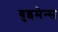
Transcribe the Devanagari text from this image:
वुइमेन्स